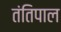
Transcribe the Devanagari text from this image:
तंतिपाल